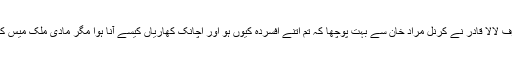
کھاریاں کی لاگ ایریا آفیسرز میس میں لنچ پر انکے سواتی دوست میجر قادر عرف لالا قادر نے کرنل مراد خان سے بہت پوچھا کہ تم اتنے افسردہ کیوں ہو اور اچانک کھاریاں کیسے آنا ہوا مگر مادی ملک میس کے اندر بھی اپنا دھوپ کا سیاہ چشمہ پہنے مسلسل سگریٹ پینے میں مشغول تھا ۔